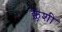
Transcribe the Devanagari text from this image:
क्लेशी